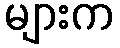
များက